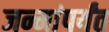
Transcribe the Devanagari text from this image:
जन्मांपर्यंत